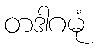
တဒါဂမုံ